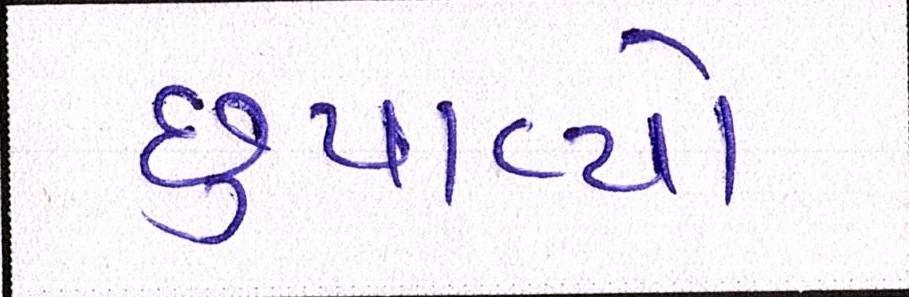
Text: છુપાવ્યો